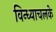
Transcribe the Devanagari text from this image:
विन्ध्याचलके